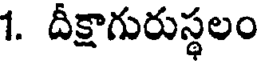
1. దీక్షాగురుస్థలం